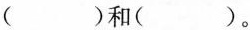
( )和( )。